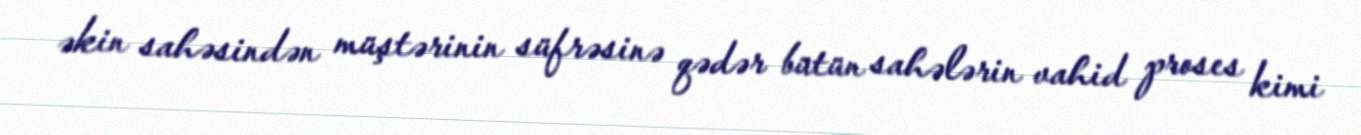
əkin sahəsindən müştərinin süfrəsinə qədər bütün sahələrin vahid proses kimi